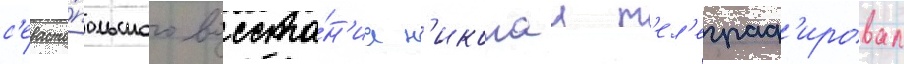
с'евасто́польского восста́н'иа н'иколаи т'ел'еграф'ировал